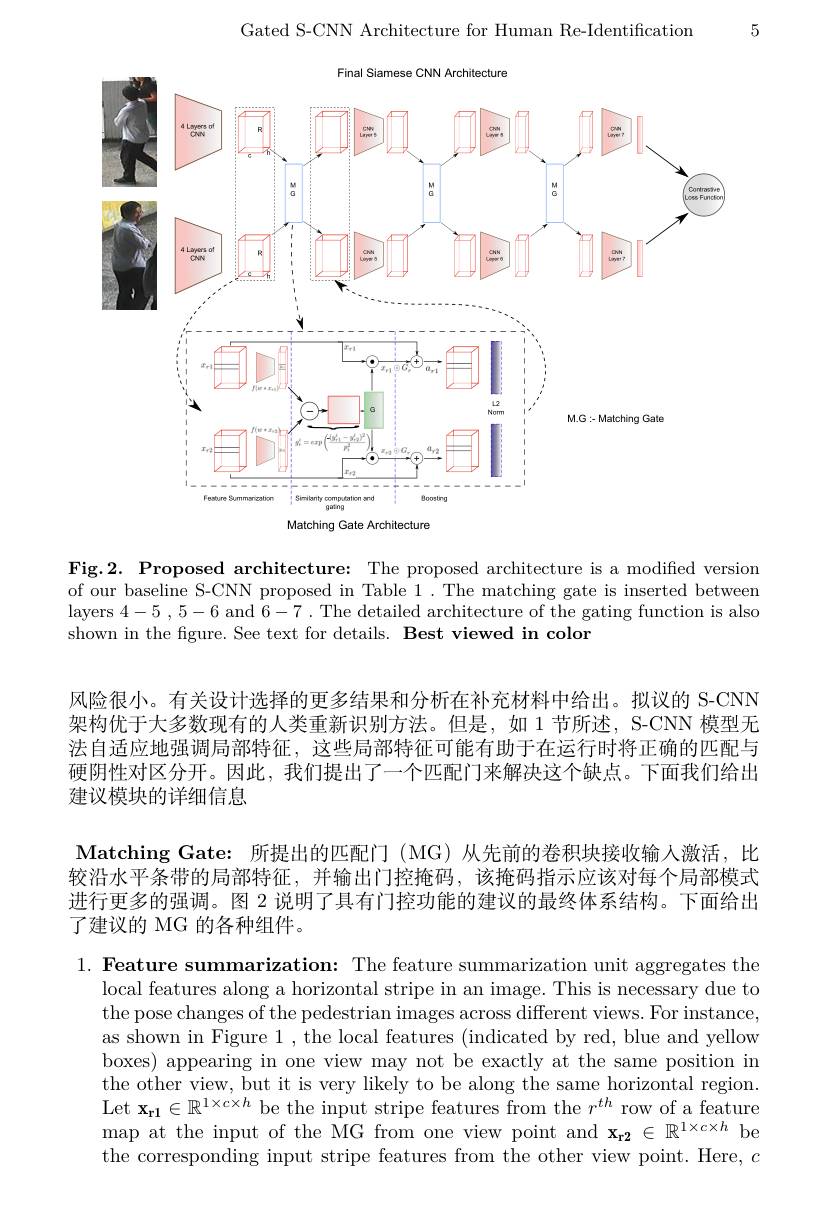
5

Gated S-CNN Architecture for Human Re-Identification

<FigureHere>

Fig.2. Proposed architecture: The proposed architecture is a modified version of our baseline S-CNN proposed in Table 1. The matching gate is inserted between layers 4-5 , 5-6 and 6-7 . The detailed architecture of the gating function is also shown in the figure. See text for details. Best viewed in color

风险很小。有关设计选择的更多结果和分析在补充材料中给出。拟议的 S-CNN 架构优于大多数现有的人类重新识别方法。但是，如 1 节所述，S-CNN 模型无法自适应地强调局部特征，这些局部特征可能有助于在运行时将正确的匹配与硬阴性对区分开。因此，我们提出了一个匹配门来解决这个缺点。下面我们给出建议模块的详细信息

Matching Gate: 所提出的匹配门 (MG) 从先前的卷积块接收输人激活，比较沿水平条带的局部特征，并输出门控掩码，该掩码指示应该对每个局部模式进行更多的强调。图 2 说明了具有门控功能的建议的最终体系结构。下面给出了建议的 MG 的各种组件。

1.Feature summarization: The feature summarization unit aggregates the
local features along a horizontal stripe in an image. This is necessary due to the pose changes of the pedestrian images across different views. For instance, as shown in Figure 1 , the local features (indicated by red, blue and yellow boxes) appearing in one view may not be exactly at the same position in the other view, but it is very likely to be along the same horizontal region. Let $\mathbf{x}_{\mathbf{r}1}\in\mathbb{R}^{1\times c\times h}$ be the input stripe features from the $r^th$ row of a feature $\operatorname*{map}$ at the input of the MG from one view point and $\mathbf{x_{r2}}\in\mathbb{R}^{1\times c\times h}$ be the corresponding input stripe features from the other view point. Here, $c$